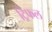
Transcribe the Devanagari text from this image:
ट्रिफल